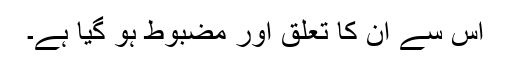
اس سے ان کا تعلق اور مضبوط ہو گیا ہے۔